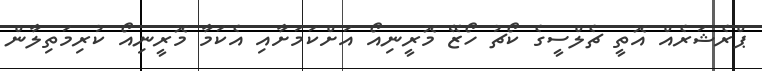
ޕްރެޝަރެއް އޮތީ ޗެލްސީގެ ކޯޗު ހޯޒޭ މޮރީނިއޯ އަށްކަމަށާއި އެކަމާ މޮރީނިއޯ ކުރިމަތިލާން